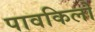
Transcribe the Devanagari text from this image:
पावकिलो